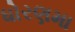
ધોરણમા